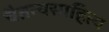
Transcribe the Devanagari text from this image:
चैतन्यसाहित्य